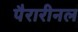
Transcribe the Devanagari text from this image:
पैरारीनल